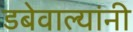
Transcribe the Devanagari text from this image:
डबेवाल्यांनी